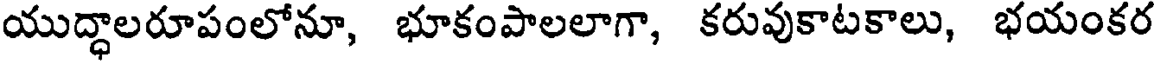
యుద్ధాలరూపంలోనూ, భూకంపాలలాగా, కరువుకాటకాలు, భయంకర